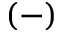
( - )